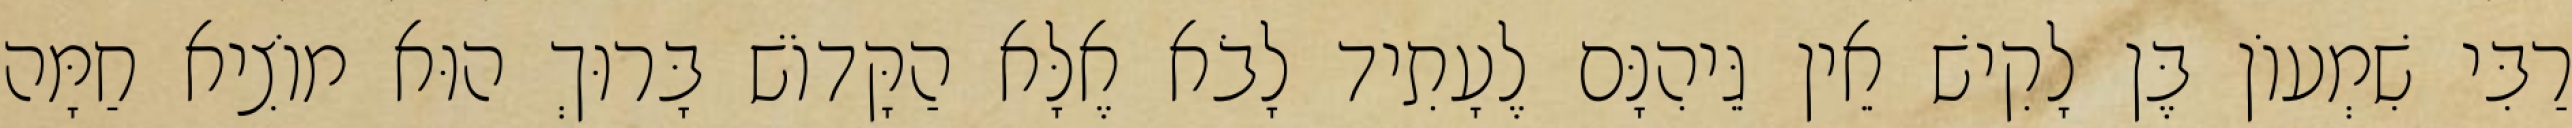
רַבִּי שִׁמְעוֹן בֶּן לָקִישׁ אֵין גֵּיהִנָּם לֶעָתִיד לָבֹא אֶלָּא הַקָּדוֹשׁ בָּרוּךְ הוּא מוֹצִיא חַמָּה